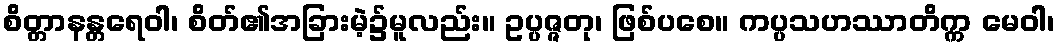
စိတ္တာနန္တရေဝါ၊ စိတ်၏အခြားမဲ့၌မူလည်း။ ဥပ္ပဇ္ဇတု၊ ဖြစ်ပစေ။ ကပ္ပသဟဿာတိက္က မေဝါ၊